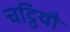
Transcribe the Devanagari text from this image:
चट्ठियौ